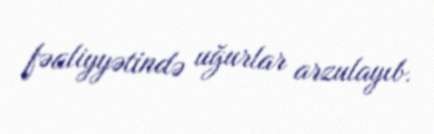
fəaliyyətində uğurlar arzulayıb.